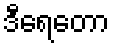
ဒီရေတော